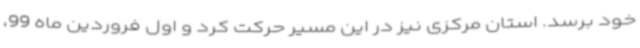
خود برسد. استان مرکزی نیز در این مسیر حرکت کرد و اول فروردین ماه 99،